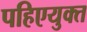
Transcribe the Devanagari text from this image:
पहिएयुक्‍त